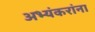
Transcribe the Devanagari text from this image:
अभ्यंकरांना